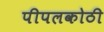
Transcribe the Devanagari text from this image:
पीपलकोठी